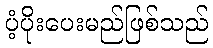
ပံ့ပိုးပေးမည်ဖြစ်သည်